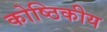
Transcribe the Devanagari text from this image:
कोष्ठिकीय